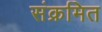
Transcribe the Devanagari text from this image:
संक्रमित